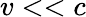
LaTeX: v<<c